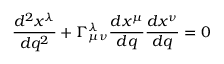
{ \frac { d ^ { 2 } x ^ { \lambda } } { d q ^ { 2 } } } + \Gamma _ { \mu \nu } ^ { \lambda } { \frac { d x ^ { \mu } } { d q } } { \frac { d x ^ { \nu } } { d q } } = 0